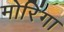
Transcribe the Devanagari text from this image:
मोरिंगा